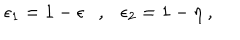
\epsilon _ { 1 } = 1 - \epsilon , \epsilon _ { 2 } = 1 - \eta ~ ,